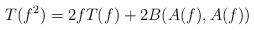
LaTeX: \begin{align*} T(f^{2})= 2fT(f)+2B(A(f), A(f))\end{align*}